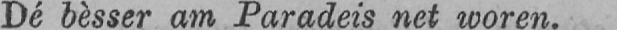
Dé bèsser am Paradeis net woren.